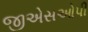
જીએસઓપી